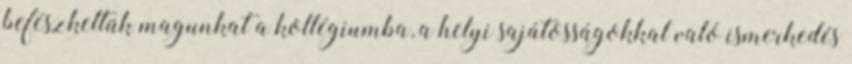
befészkeltük magunkat a kollégiumba, a helyi sajátosságokkal való ismerkedés